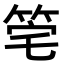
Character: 𥭌